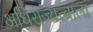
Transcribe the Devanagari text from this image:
अधिराज्यत्वाला